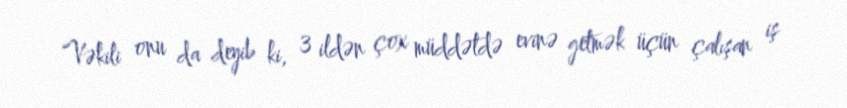
Vəkili onu da deyib ki, 3 ildən çox müddətdə evinə getmək üçün çalışan iş